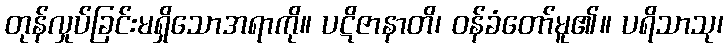
တုန်လှုပ်ခြင်းမရှိသောအရာကို။ ပဋိဇာနာတိ၊ ဝန်ခံတော်မူ၏။ ပရိသာသု၊